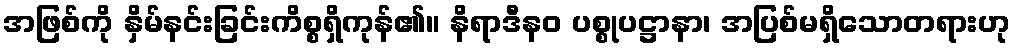
အဖြစ်ကို နှိမ်နင်းခြင်းကိစ္စရှိကုန်၏။ နိရာဒီနဝ ပစ္စုပဋ္ဌာနာ၊ အပြစ်မရှိသောတရားဟု